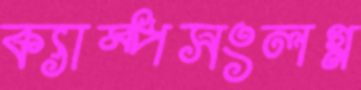
ক্যাম্পসংলগ্ন